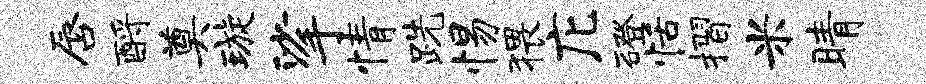
唇酹奠璇挲情跣惕猥庀磴恬摺米睛